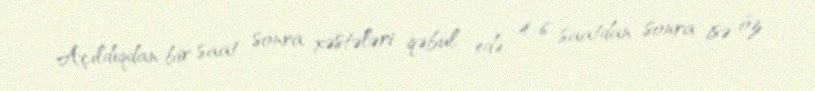
Açıldıqdan bir saat sonra xəstələri qəbul edə, 4-6 saatdan sonra isə öz